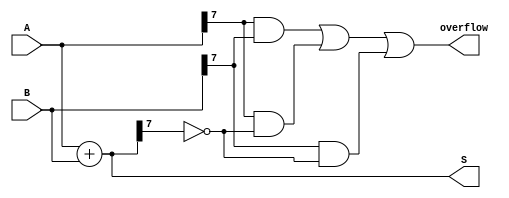
module ParameterizedAdder #(parameter N = 8) (
    input  wire [N-1:0] A,   // First operand
    input  wire [N-1:0] B,   // Second operand
    output wire [N-1:0] S,   // Sum output
    output wire            overflow // Overflow flag
);

// Behavioral description of the adder
assign S = A + B; // Compute the sum
assign overflow = (A[N-1] & B[N-1]) | (A[N-1] & ~S[N-1]) | (B[N-1] & ~S[N-1]); // Overflow detection

endmodule